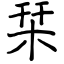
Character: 栞